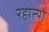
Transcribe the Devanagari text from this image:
रहात्या